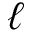
\ell